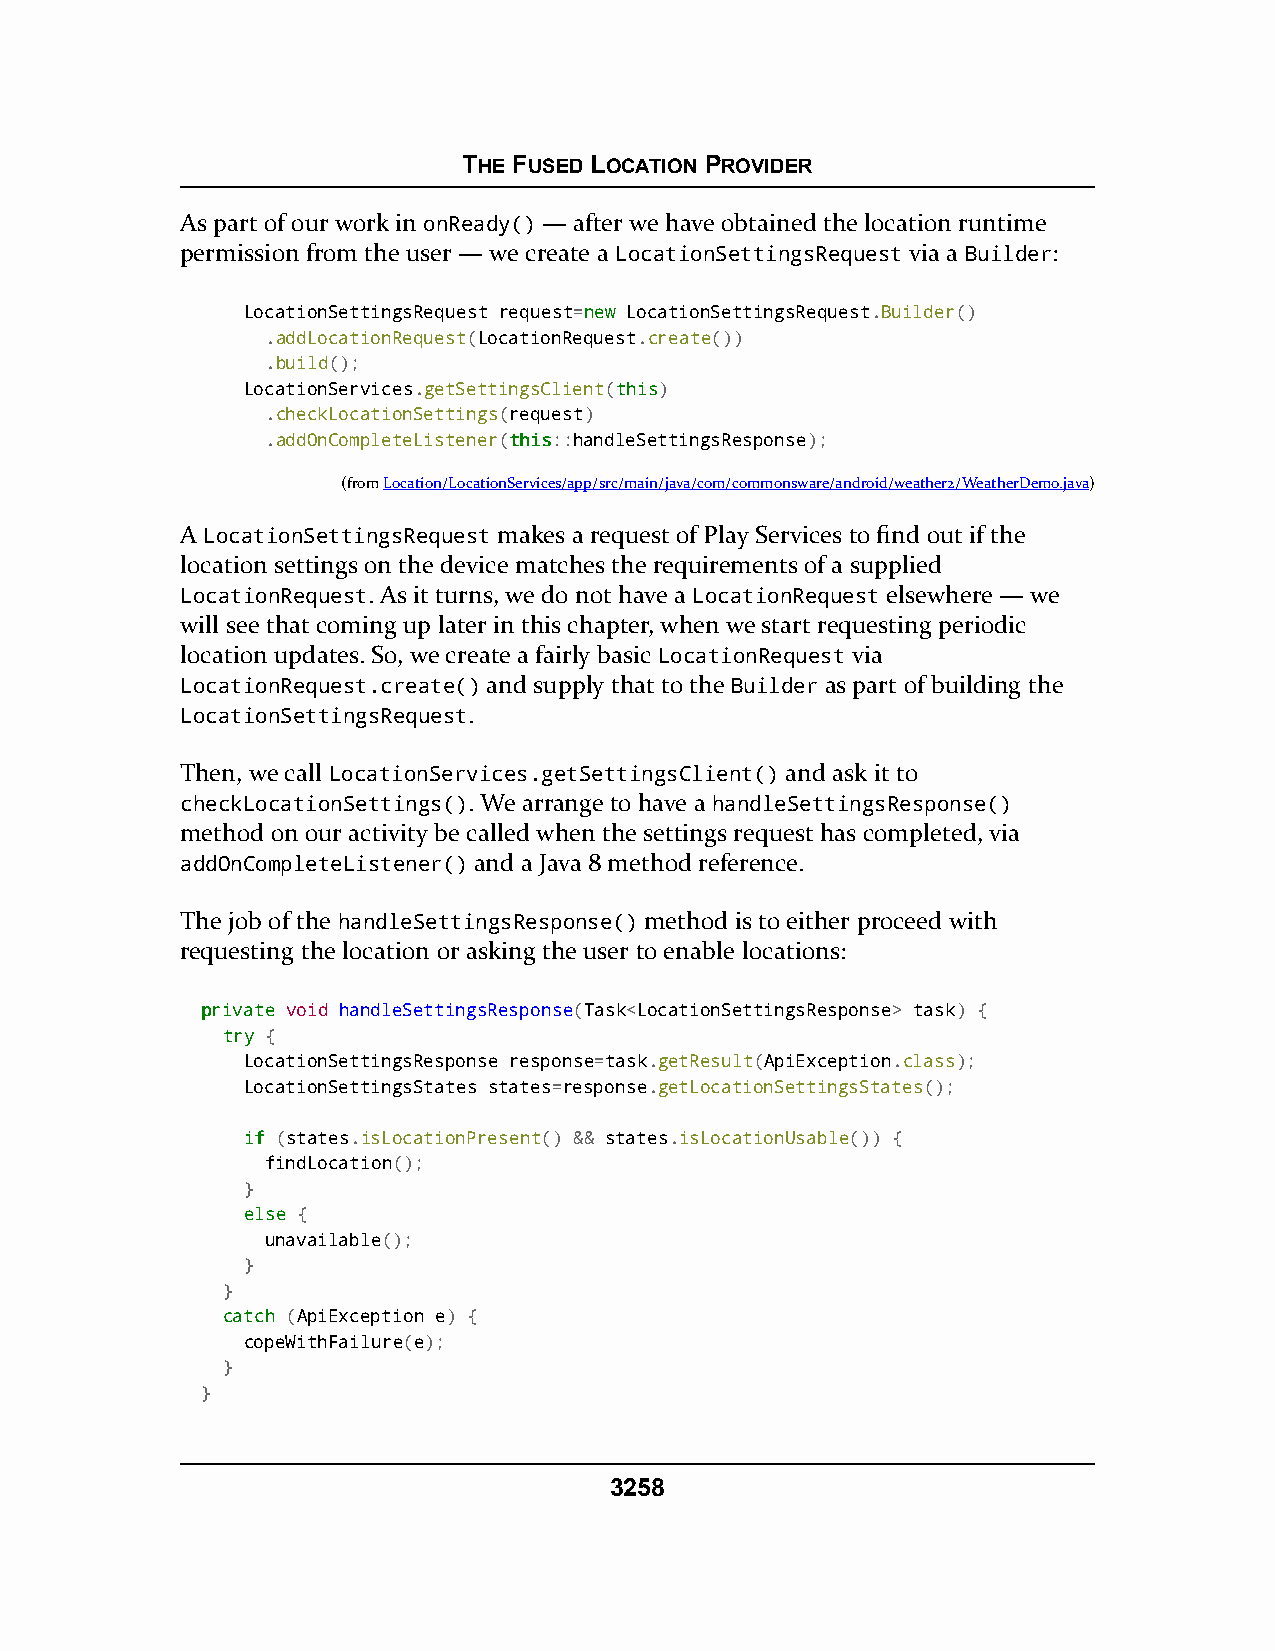
THE FUSED LOCATION PROVIDER
 As part of our work in onReady() — after we have obtained the location runtime
 permission from the user — we create a LocationSettingsRequest via a Builder:
 LocationSettingsRequest request=nneeww LocationSettingsRequest.Builder()
 .addLocationRequest(LocationRequest.create())
 .build();
 LocationServices.getSettingsClient(tthhiiss)
 .checkLocationSettings(request)
 .addOnCompleteListener(tthhiiss::handleSettingsResponse);
 (fromLocation/LocationServices/app/src/main/java/com/commonsware/android/weather2/WeatherDemo.java)
 A LocationSettingsRequest makes a request of Play Services to find out if the
 location settings on the device matches the requirements of a supplied
 LocationRequest. As it turns, we do not have a LocationRequest elsewhere — we
 will see that coming up later in this chapter, when we start requesting periodic
 location updates. So, we create a fairly basic LocationRequest via
 LocationRequest.create() and supply that to the Builder as part of building the
 LocationSettingsRequest.
 Then, we call LocationServices.getSettingsClient() and ask it to
 checkLocationSettings(). We arrange to have a handleSettingsResponse()
 method on our activity be called when the settings request has completed, via
 addOnCompleteListener() and a Java 8 method reference.
 The job of the handleSettingsResponse() method is to either proceed with
 requesting the location or asking the user to enable locations:
 pprriivvaattee void handleSettingsResponse(Task<LocationSettingsResponse> task) {
 ttrryy {
 LocationSettingsResponse response=task.getResult(ApiException.class);
 LocationSettingsStates states=response.getLocationSettingsStates();
 iiff (states.isLocationPresent() && states.isLocationUsable()) {
 findLocation();
 }
 eellssee {
 unavailable();
 }
 }
 ccaattcchh (ApiException e) {
 copeWithFailure(e);
 }
 }
 3258